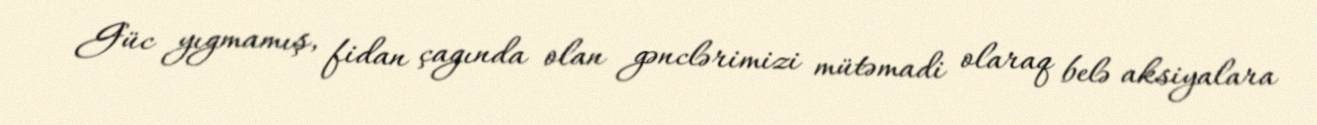
Güc yıgmamış, fidan çagında olan gənclərimizi mütəmadi olaraq belə aksiyalara